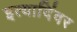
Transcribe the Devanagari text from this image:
इत्यादिंवर